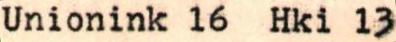
Unionink 16 Hki 13